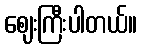
ဈေးကြီးပါတယ်။